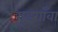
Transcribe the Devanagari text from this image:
गुडगाँवा